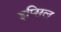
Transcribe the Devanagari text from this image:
इप्सिल